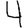
Digit: 4